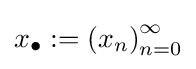
x_{\bullet }:=\left(x_{n}\right)_{n=0}^{\infty }